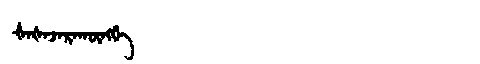
Manchu: ᡧᠠᡧᠠᠵᠠᡵᠠᡴᡡᠩᡤᡝ
Romanization: ŠAŠAJARAKŪNGGE